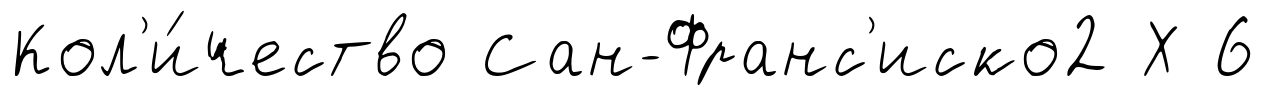
Кол'и́чество Сан-Франс'иско2 Х 6